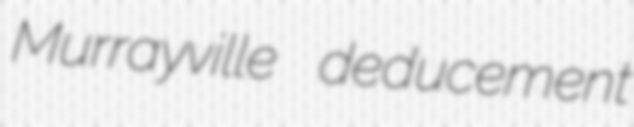
Murrayville deducement